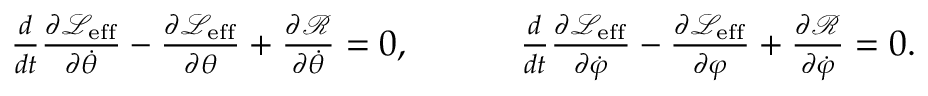
\begin{array} { r } { \frac { d } { d t } \frac { \partial \mathcal { L } _ { \mathrm { e f f } } } { \partial \dot { \theta } } - \frac { \partial \mathcal { L } _ { \mathrm { e f f } } } { \partial \theta } + \frac { \partial \mathcal { R } } { \partial \dot { \theta } } = 0 , \quad \quad \quad \frac { d } { d t } \frac { \partial \mathcal { L } _ { \mathrm { e f f } } } { \partial \dot { \varphi } } - \frac { \partial \mathcal { L } _ { \mathrm { e f f } } } { \partial \varphi } + \frac { \partial \mathcal { R } } { \partial \dot { \varphi } } = 0 . } \end{array}